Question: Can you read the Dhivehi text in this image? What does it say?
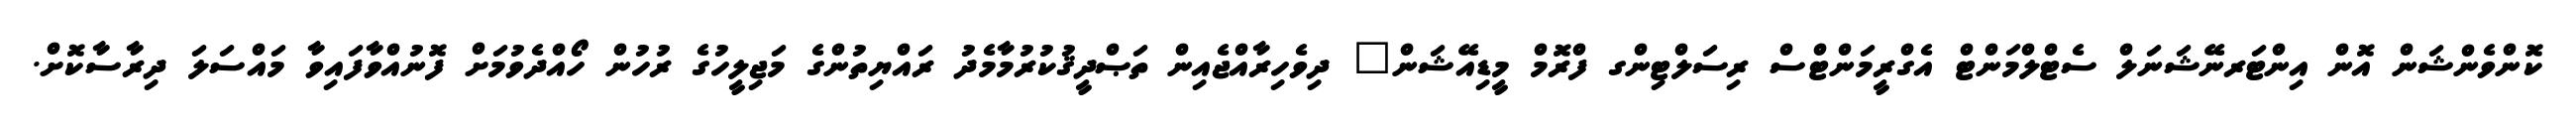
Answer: ކޮންވެންޝަން އޮން އިންޓަރނޭޝަނަލް ސެޓްލްމަންޓް އެގްރީމަންޓްސް ރިސަލްޓިންގ ފްރޮމް މީޑިއޭޝަން" ދިވެހިރާއްޖެއިން ތަޞްދީޤުކުރުމާމެދު ރައްޔިތުންގެ މަޖިލީހުގެ ރުހުން ހޯއްދެވުމަށް ފޮނުއްވާފައިވާ މައްސަލަ ދިރާސާކޮށް.